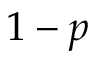
1 - p